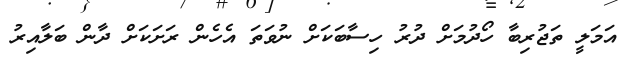
އަމަލީ ތަޖުރިބާ ހޯދުމަށް ދުރު ހިސާބަކަށް ނުވަތަ އެހެން ރަށަކަށް ދާން ބަލާއިރު